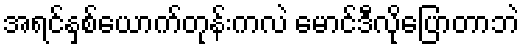
အရင်နှစ်ယောက်တုန်းကလဲ မောင်ဒီလိုပြောတာဘဲ